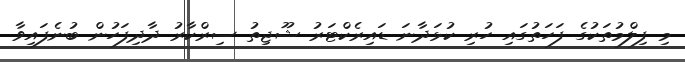
މި ފިލްމުތަކުގެ ފަހަތުގައި ހުރި ކުޅަދާނަ ޑައިރެކްޓަރު ޝޫޖިތު ސިރްކާރު ދާދިފަހުން ބުނެފައިވާ